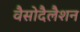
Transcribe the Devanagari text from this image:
वैसोदैलैशन